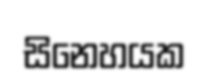
සිනෙහයක